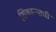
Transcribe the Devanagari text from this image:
शिकाऱ्याची